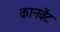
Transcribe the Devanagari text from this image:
कानवेंट